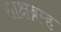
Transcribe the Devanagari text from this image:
साक्षब्रम्ह